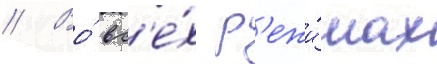
// Во́ вс'е́х р'ежи́мах